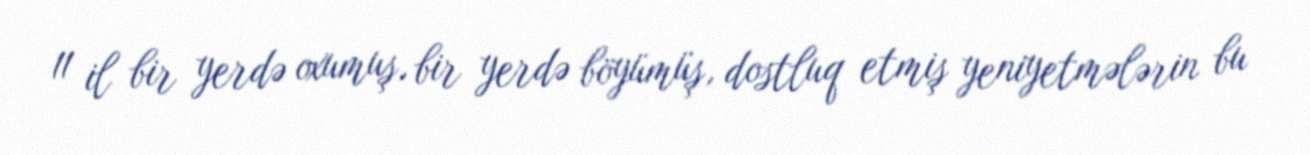
11 il bir yerdə oxumuş, bir yerdə böyümüş, dostluq etmiş yeniyetmələrin bu